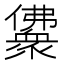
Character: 𰃈